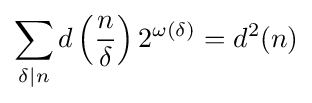
\sum _{\delta \mid n}d\left({\frac {n}{\delta }}\right)2^{\omega (\delta )}=d^{2}(n)